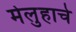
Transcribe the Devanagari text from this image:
मेलुहाचे